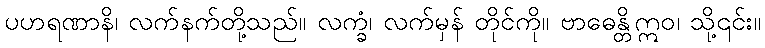
ပဟရဏာနိ၊ လက်နက်တို့သည်။ လက္ခံ၊ လက်မှန် တိုင်ကို။ ဗာဓေန္တိဣဝ၊ သို့၎င်း။